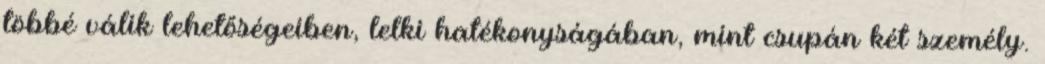
többé válik lehetőségeiben, lelki hatékonyságában, mint csupán két személy.